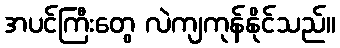
အပင်ကြီးတွေ လဲကျကုန်နိုင်သည်။